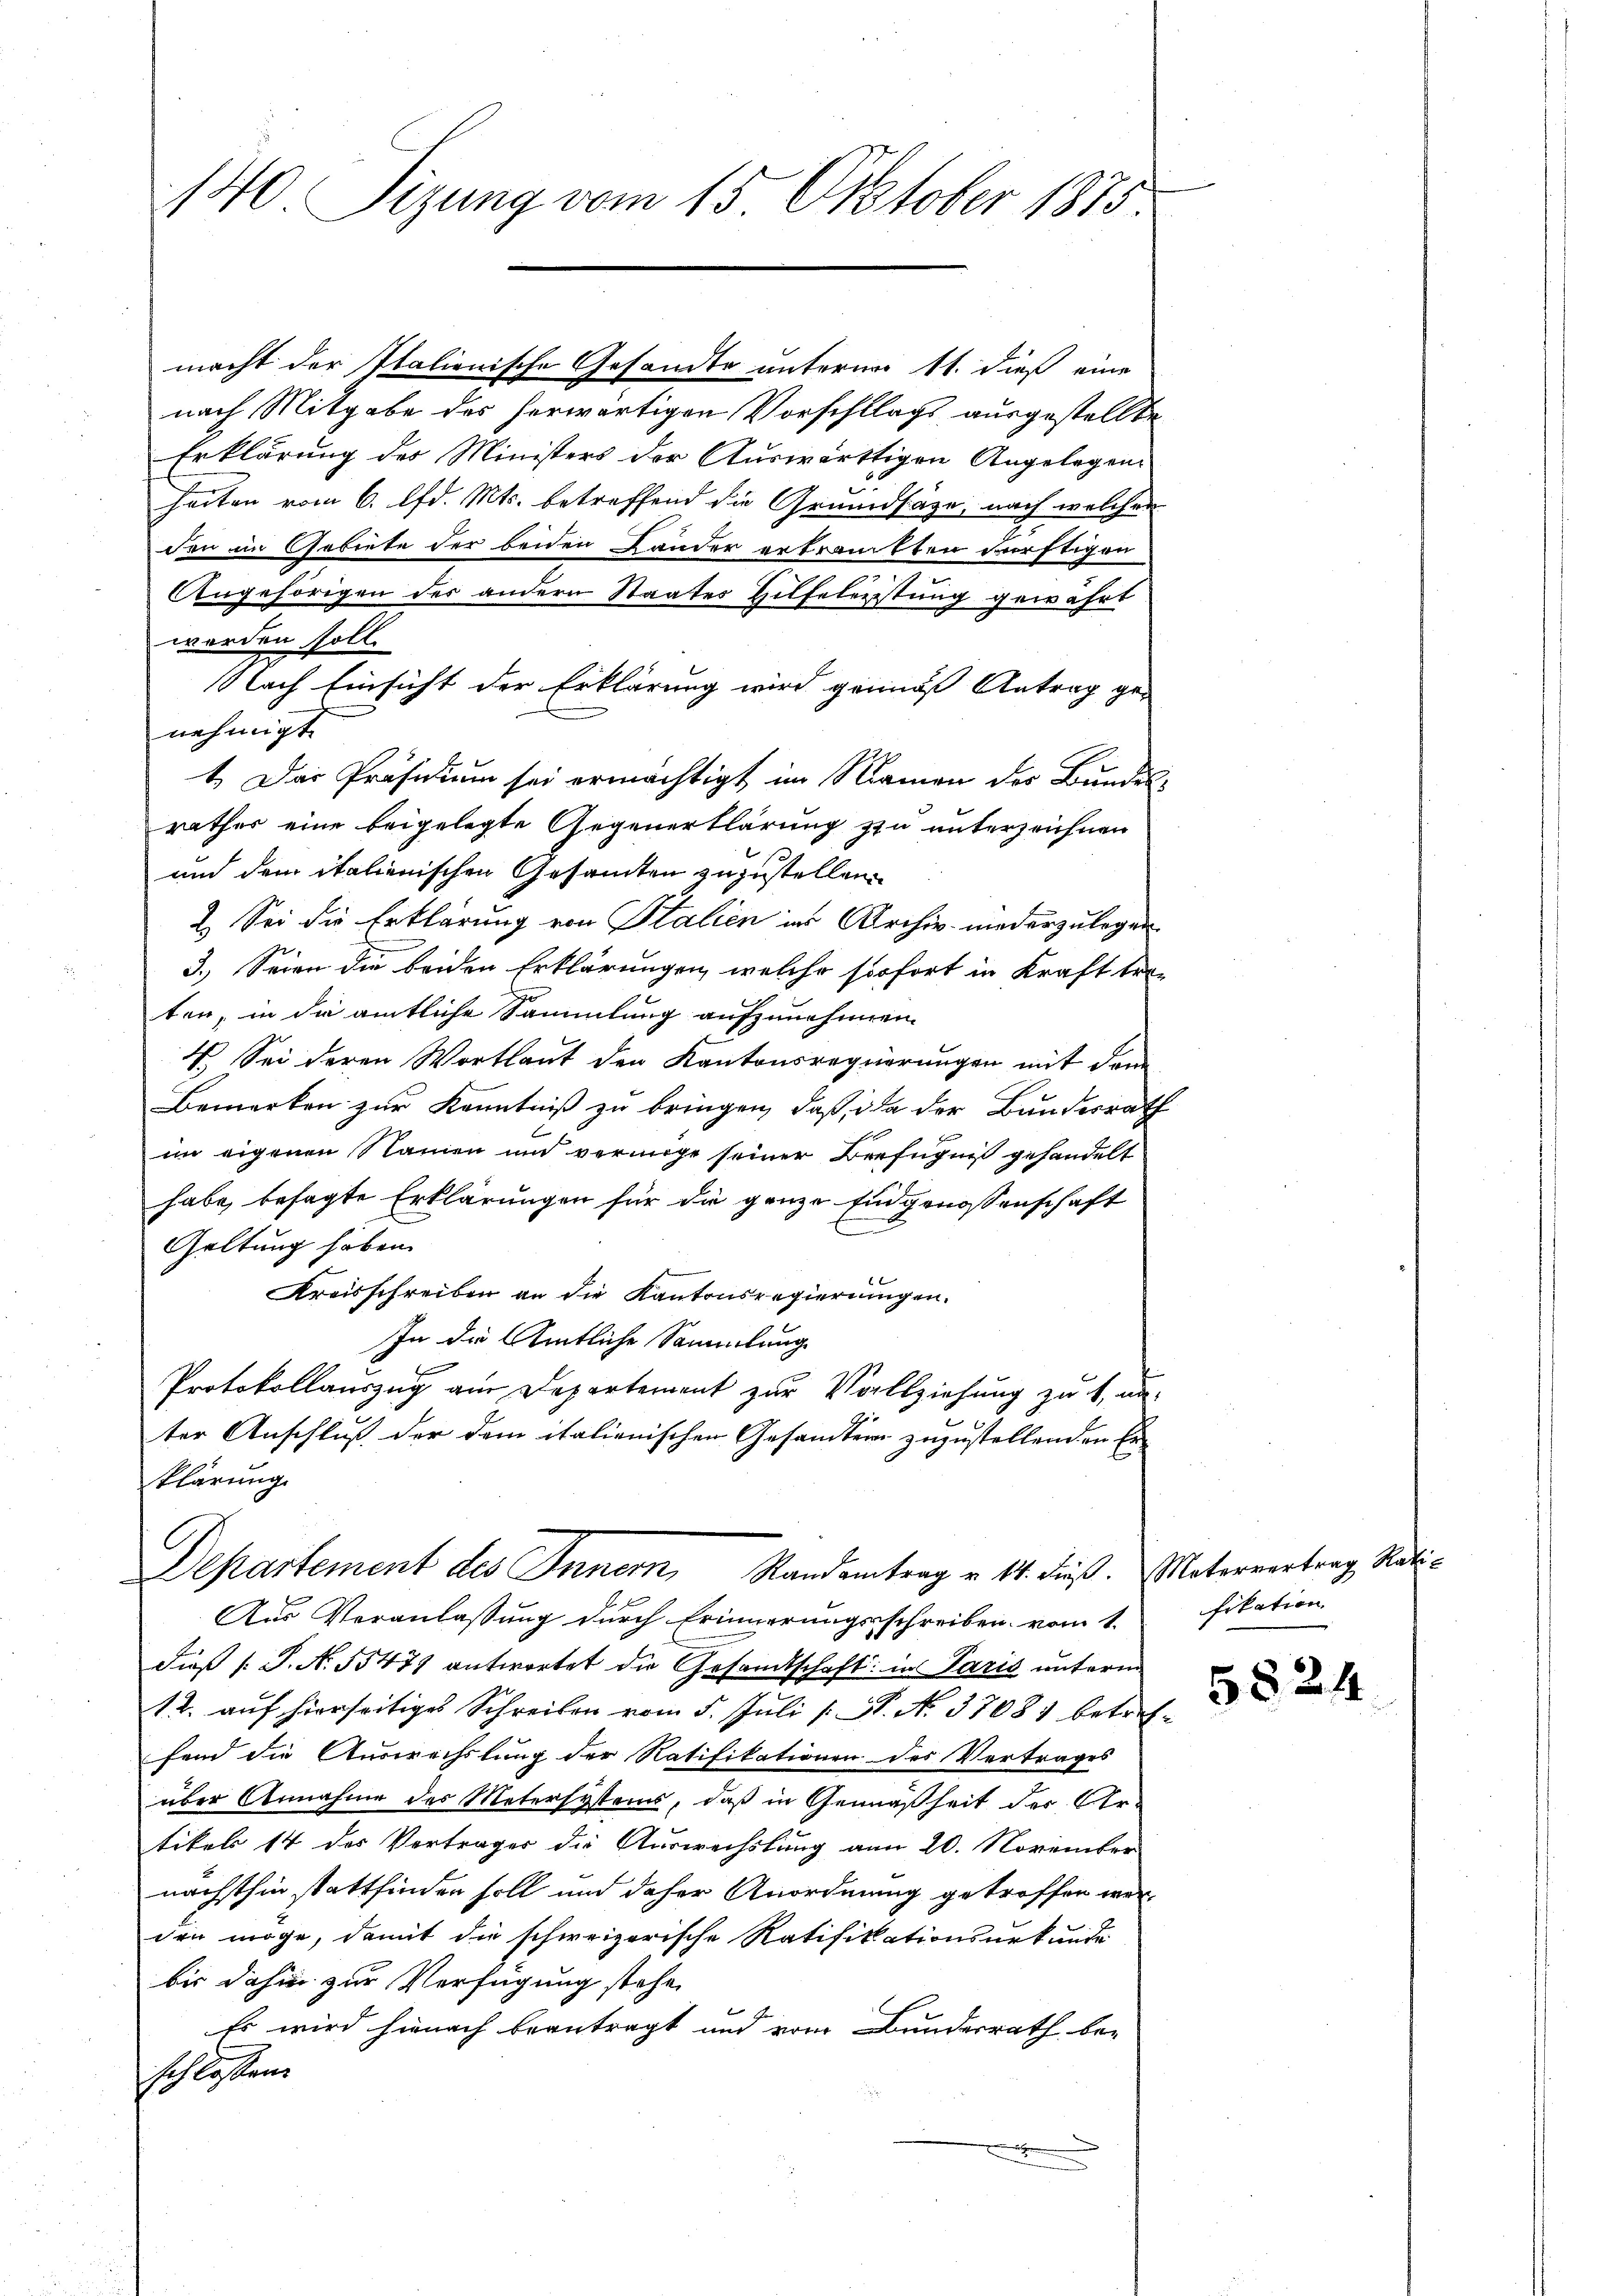
140 Sizung vom 15. Oktober 1875.

macht der Italienische Gesandte unterm 11. dieß eine
nach Mitgabe des herwärtigen Vorschlags ausgestellte
Erklärung des Ministers der Auswärttigen Angelegen-
heiten vom 6. d. Mts. betreffend die Grundsätze, nach welcher
den im Gebiete der beiden Lander ertrauchten dürftigen
Angehörigen des andern Staates Hilfeleistung gewährt
werden soll.
Nach Einsicht der Erklärung wird genuß Antrag ge-
nehmigt.
1. Das Präsidium sei ermächtigt im Namen des Bundesrathes eine beigelegte Gegenerklärung zu unterzeichnen
und dem italienischen Gesammten zuzustellen.
2. Sei die Erklärung von Stalien in Archiv niederzulegen
3.) Seien die beiden Erklärungen, welche sofort in Kraft tra-
ten, in die amtliche Sammlung aufzunehmen.
V. Sei deren Wortlaut den Kantonsregierungen mit dem
Bemerken zur Kenntniß zu bringen, daß, da der Bundesrath
im eigenen Namen und vermöge seiner Befugniß gehandelt
habe, besagte Erklärungen für die ganze Eidgenossenschaft
e
Geltung haben.
Kreisschreiben an die Kantonsregierungen.
In die Amtliche Sammlung
Protokollauszug am Departement zur Vollziehung zu f. un-
ter Anschluß der dem italienischen Gesamten zuzustellenden Er
klärung.
.
Departement des Innern, Randantrag v. 14. dieß. Untervertrag Rati-
Aus Veranlassung durch Erinnerungsschreiben vom 1.
dieß (: P. N. 55477 antwortet die Gesandtschaft in Paris unterm
12. auf hierseitiges Schreiben vom 5. Juli [ N. N. 37081 betreffend die Auswechslung der Ratifikationen des Vertrages
über Annahme des Metersystems, daß in Gemäßheit der Artikel 14 des Verträger die Auswechslung am 20. November
nächsthin stattfinden soll und daher Anordnung getroffen wer-
den möge, damit die schweizerische Ratifikationsurkunde
bis dahin zur Verfügung stehe
Es wird hienach beantragt und vom Bundesrath be-
schlossen.

fikation

5 § 24